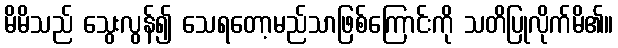
မိမိသည် သွေးလွန်၍ သေရတော့မည်သာဖြစ်ကြောင်းကို သတိပြုလိုက်မိ၏။